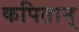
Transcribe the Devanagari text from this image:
कपितान्